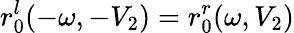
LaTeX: r_{0}^{l}(-\omega,-V_{2})=r_{0}^{r}(\omega,V_{2})